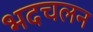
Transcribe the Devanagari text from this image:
भदचलन